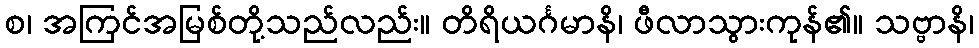
စ၊ အကြင်အမြစ်တို့သည်လည်း။ တိရိယင်္ဂမာနိ၊ ဖီလာသွားကုန်၏။ သဗ္ဗာနိ၊